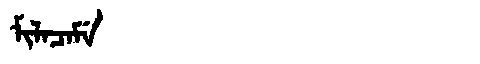
Manchu: ᠮᡳᠯᠠᠴᠠᠮᡝ
Romanization: MILACAME